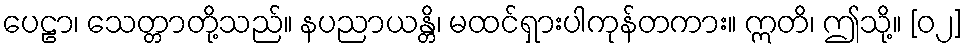
ပေဠာ၊ သေတ္တာတို့သည်။ နပညာယန္တိ၊ မထင်ရှားပါကုန်တကား။ ဣတိ၊ ဤသို့။ [၀၂]